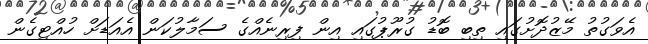
އެވަގުތު މޭޒުދޮށުގައި ތިބި ބޮޑު ގުރޫޕުގައި އިން ފިރިނެއްގެ ސަމާލުކަން އެއަޑަށް ހުއްޓިގެން